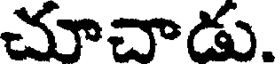
చూచాడు.